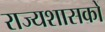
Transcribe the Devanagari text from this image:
राज्यशासकों